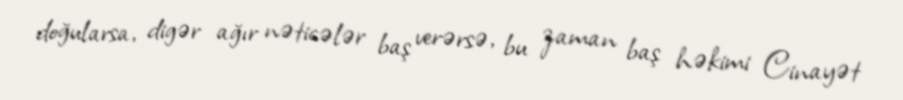
doğularsa, digər ağır nəticələr baş verərsə, bu zaman baş həkimi Cinayət